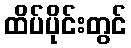
ထိပ်ပိုင်းတွင်